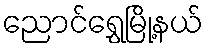
ညောင်ရွှေမြို့နယ်